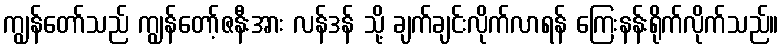
ကျွန်တော်သည် ကျွန်တော့်ဇနီးအား လန်ဒန် သို့ ချက်ချင်းလိုက်လာရန် ကြေးနန်းရိုက်လိုက်သည်။